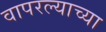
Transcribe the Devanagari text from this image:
वापरल्याच्या